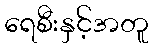
ရေစီးနှင့်အတူ